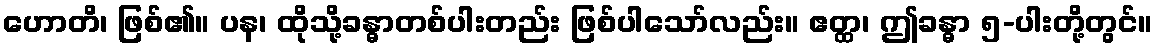
ဟောတိ၊ ဖြစ်၏။ ပန၊ ထိုသို့ခန္ဓာတစ်ပါးတည်း ဖြစ်ပါသော်လည်း။ ဧတ္ထ၊ ဤခန္ဓာ ၅-ပါးတို့တွင်။